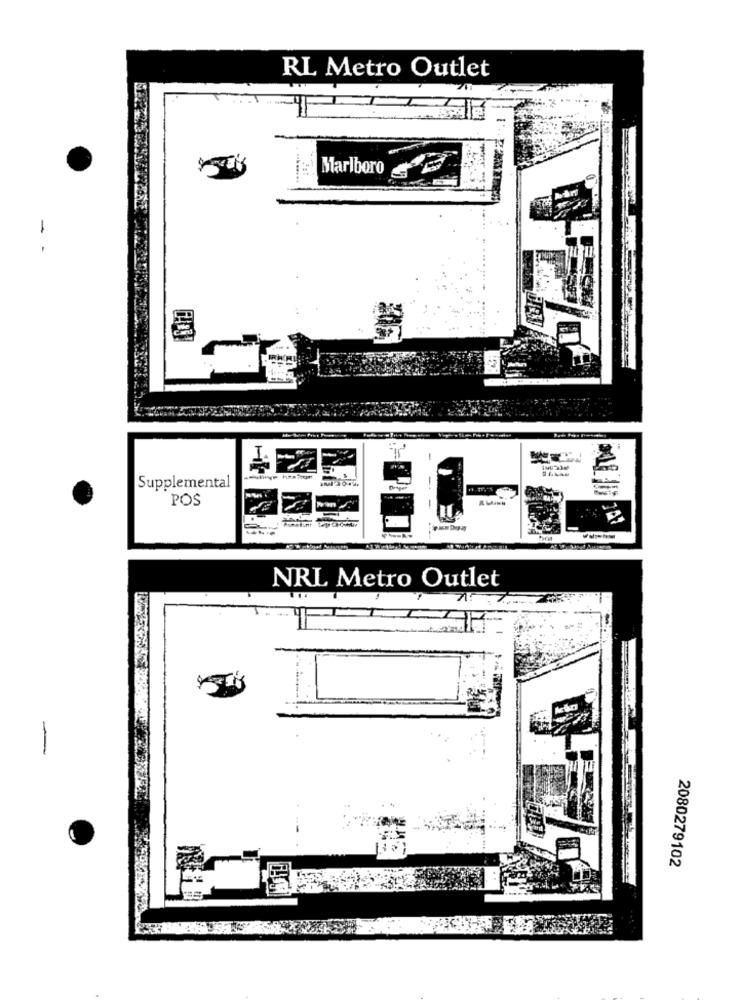
RL Metro Outlet
Marlboro
Supplemental
Dongen
POS
NRL Metro Outlet
-
2080279102